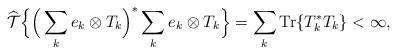
LaTeX: \begin{align*}\widehat{\mathcal T}\Big\{\Big(\sum_{k} e_k \otimes T_k \Big)^\ast \sum_{k} e_k \otimes T_k \Big \} = \sum_k \mathrm{Tr}\{T_k^\ast T_k\} <\infty,\end{align*}